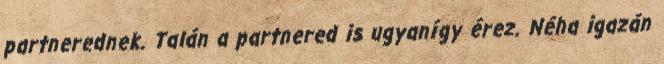
partnerednek. Talán a partnered is ugyanígy érez. Néha igazán